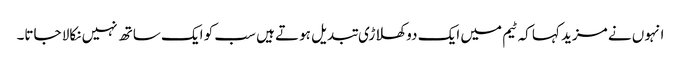
انہوں نے مزید کہا کہ ٹیم میں ایک دو کھلاڑی تبدیل ہوتے ہیں سب کو ایک ساتھ نہیں نکالا جاتا۔